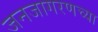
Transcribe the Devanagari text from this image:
जनजागरणच्या